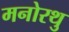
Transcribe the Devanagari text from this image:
मनोरथु